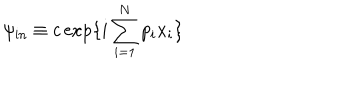
\psi _ { \mathrm { i n } } \equiv c \exp \{ i \sum _ { i = 1 } ^ { N } p _ { i } x _ { i } \} \, \,